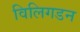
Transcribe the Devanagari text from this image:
विलिगडन